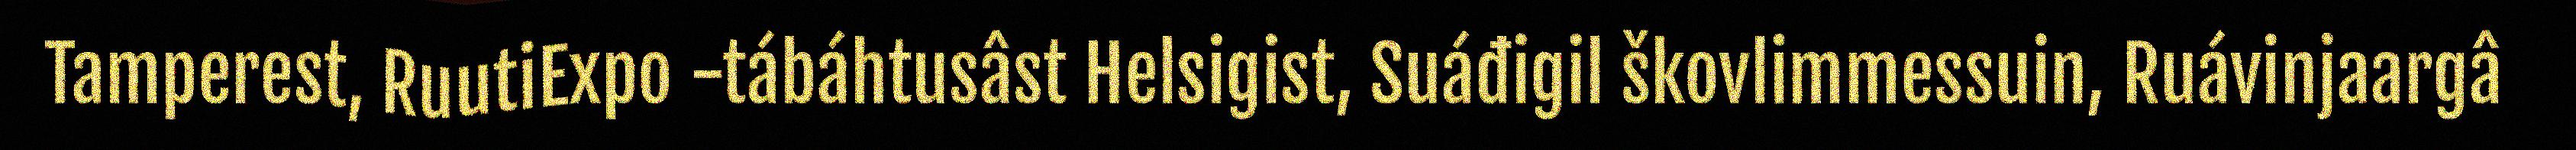
Tamperest, RuutiExpo -tábáhtusâst Helsigist, Suáđigil škovlimmessuin, Ruávinjaargâ